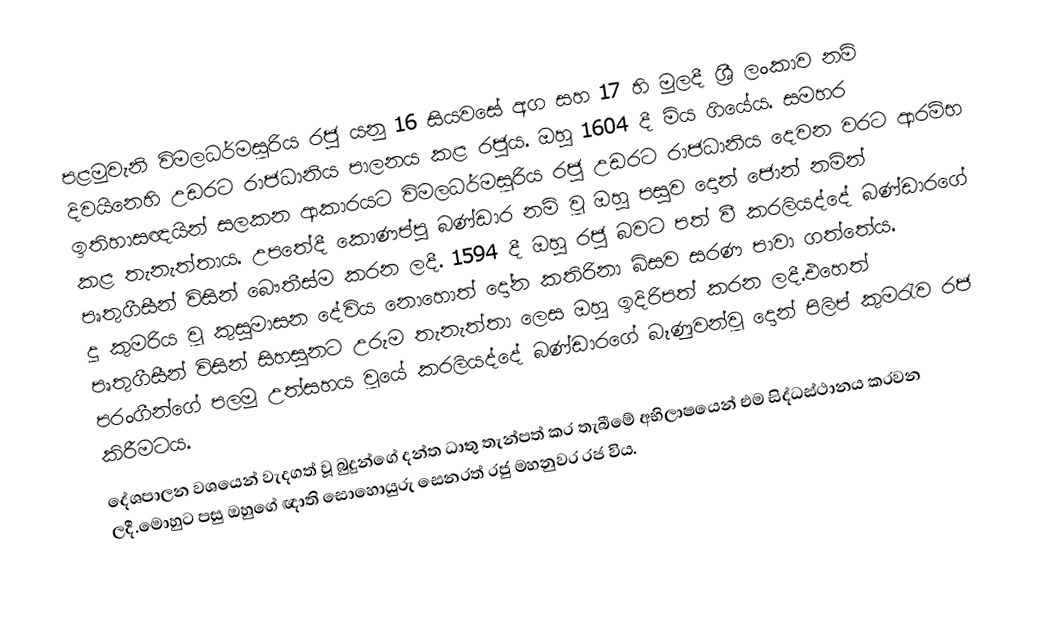
පළමුවැනි විමලධර්මසූරිය රජු යනු 16 සියවසේ අග සහ 17 හි මුලදී ශ්‍රී ලංකාව නම් දිවයිනෙහි උඩරට රාජධානිය පාලනය කළ රජුය. ඔහු 1604  දී මිය ගියේය. සමහර ඉතිහාසඥයින් සලකන ආකාරයට විමලධර්මසූරිය රජු උඩරට රාජධානිය දෙවන වරට ආරම්භ කළ තැනැත්තාය. උපතේදී කොණප්පු බණ්ඩාර නම් වූ ඔහු පසුව දොන් ජොන් නමින් පෘතුගීසීන් විසින් බෞතීස්ම කරන ලදී. 1594 දී ඔහු රජු බවට පත් වී කරලියද්දේ බණ්ඩාරගේ දූ කුමරිය වූ කුසුමාසන දේවිය නොහොත් දෝන කතිරිනා බිසව සරණ පාවා ගත්තේය. පෘතුගීසීන් විසින් සිහසුනට උරුම තැනැත්තා ලෙස ඔහු ඉදිරිපත් කරන ලදී.එහෙත් පරංගීන්ගේ පලමු උත්සහය වූයේ කරලියද්දේ බණ්ඩාරගේ බෑණුවන්වූ දොන් පිලිප් කුමරැව රජ කිරීමටය.
 දේශපාලන වශයෙන් වැදගත් වූ බුදුන්ගේ දන්ත ධාතු තැන්පත් කර තැබීමේ අභිලාෂයෙන් එම සිද්ධස්ථානය කරවන ලදී.මොහුට පසු ඔහුගේ ඥාති සොහොයුරු සෙනරත් රජු මහනුවර රජ විය.